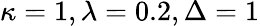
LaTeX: \kappa=1,\lambda=0.2,\Delta=1